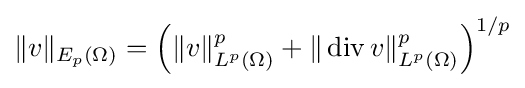
\|v\|_{E_{p}(\Omega )}=\left(\|v\|_{L^{p}(\Omega )}^{p}+\|\operatorname {div} v\|_{L^{p}(\Omega )}^{p}\right)^{1/p}